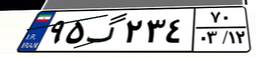
۱۳گ۵۸۱۳۱